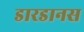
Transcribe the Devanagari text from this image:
डारडानस